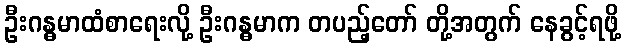
ဦးဂန္ဓမာထံစာရေးလို့ ဦးဂန္ဓမာက တပည့်တော် တို့အတွက် နေခွင့်ရဖို့